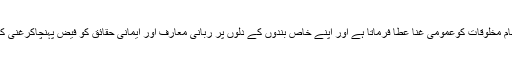
وہ اپنی تمام مخلوقات کوعمومی غنا عطا فرماتا ہے اور اپنے خاص بندوں کے دلوں پر ربانی معارف اور ایمانی حقائق کو فیض پہنچاکرغنی کردیتا ہے۔